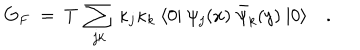
LaTeX: G _ { F } ~ = ~ T ~ \sum _ { j k } \, \kappa _ { j } \kappa _ { k } ~ \langle 0 | ~ \psi _ { j } ( x ) ~ \bar { \psi } _ { k } ( y ) ~ | 0 \rangle \quad .